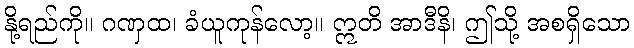
နို့ရည်ကို။ ဂဏှထ၊ ခံယူကုန်လော့။ ဣတိ အာဒီနိ၊ ဤသို့ အစရှိသော